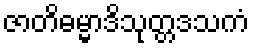
ဇာတိဓမ္မာဒိသုတ္တဒသကံ